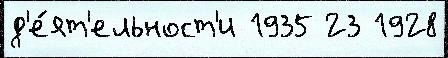
д'е́ят'ельност'и 1935 23 1928